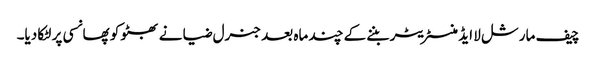
چیف مارشل لا ایڈمنسٹریٹر بننے کے چند ماہ بعد جنرل ضیا نے بھٹو کو پھانسی پر لٹکا دیا۔